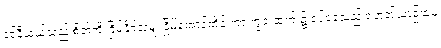
ဒင်နီယယ်သည် စိတ်ကို ငြိမ်နိုင်သမျှ ငြိမ်အောင်ထိန်းကာ ကွင်းထက် ၌ ရပ်နေသည့် ရဟတ်ယာဉ်ထဲမှ